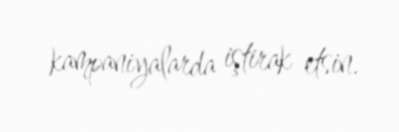
kampaniyalarda iştirak etsin.